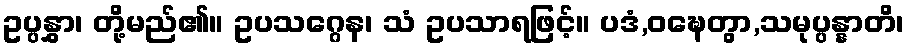
ဥပ္ပနွှာ၊ တို့မည်၏။ ဥပသဂ္ဂေန၊ သံ ဥပသာရဖြင့်။ ပဒံ,ဝဍ္ဎေတွာ,သမုပ္ပန္နာတိ၊